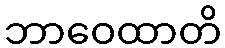
ဘာဝေထာတိ